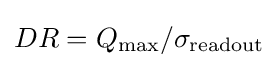
DR=Q_{\text{max}}/\sigma _{\text{readout}}